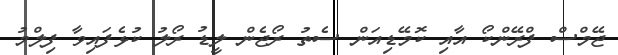
ޖޭމްސް ފްރޭންކޯ އާއި ކޮމޭޑިއަން ސެތު ރޯޖެން ލީޑު ރޯލު ކުޅެފައިވާ ފިލްމު